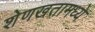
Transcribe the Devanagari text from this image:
शेणखतामध्ये